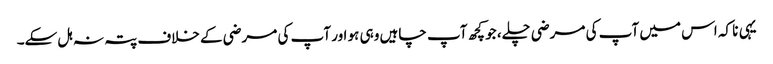
یہی نا کہ اس میں آپ کی مرضی چلے، جو کچھ آپ چاہیں وہی ہو اور آپ کی مرضی کے خلاف پتہ نہ ہل سکے۔